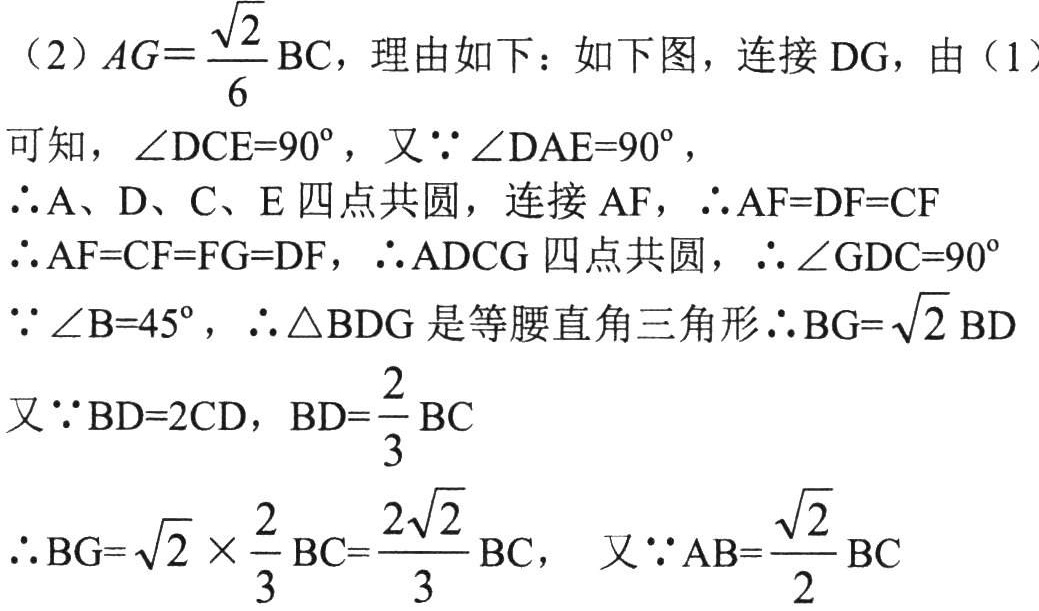
（2）\(AG = \frac{\sqrt{2}}{6}\mathrm{BC}\)，理由如下：如下图，连接 \(DG\)，由（1）
可知，\(\angle DCE = 90^{\circ}\)，又\(\because \angle DAE = 90^{\circ}\)，
\(\therefore A、D、C、E\) 四点共圆，连接 \(AF\)，\(\therefore AF = DF = CF\)
\(\therefore AF = CF = FG = DF\)，\(\therefore ADCG\) 四点共圆，\(\therefore \angle GDC = 90^{\circ}\)
\(\because \angle B = 45^{\circ}\)，\(\therefore \triangle BDG\) 是等腰直角三角形\(\therefore BG = \sqrt{2}BD\)
又\(\because BD = 2CD\)，\(BD=\frac{2}{3}\mathrm{BC}\)
\(\therefore BG = \sqrt{2} \times \frac{2}{3}\mathrm{BC}=\frac{2\sqrt{2}}{3}\mathrm{BC}\)， 又\(\because AB = \frac{\sqrt{2}}{2}\mathrm{BC}\)